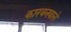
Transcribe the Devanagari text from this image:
कारबनवाले